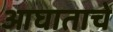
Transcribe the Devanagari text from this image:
आघाताचे